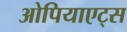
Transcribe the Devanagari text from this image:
ओपियाएट्स